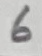
Text: 6